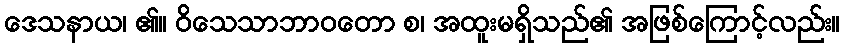
ဒေသနာယ၊ ၏။ ဝိသေသာဘာဝတော စ၊ အထူးမရှိသည်၏ အဖြစ်ကြောင့်လည်း။